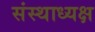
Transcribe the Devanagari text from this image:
संस्थाध्यक्ष